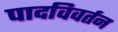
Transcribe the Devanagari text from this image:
पादविवर्तन